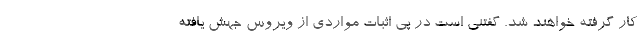
کار گرفته خواهند شد. گفتنی است در پی اثبات مواردی از ویروس جهش یافته